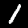
Digit: 1